Annual report of the Imperial Bacteriologist
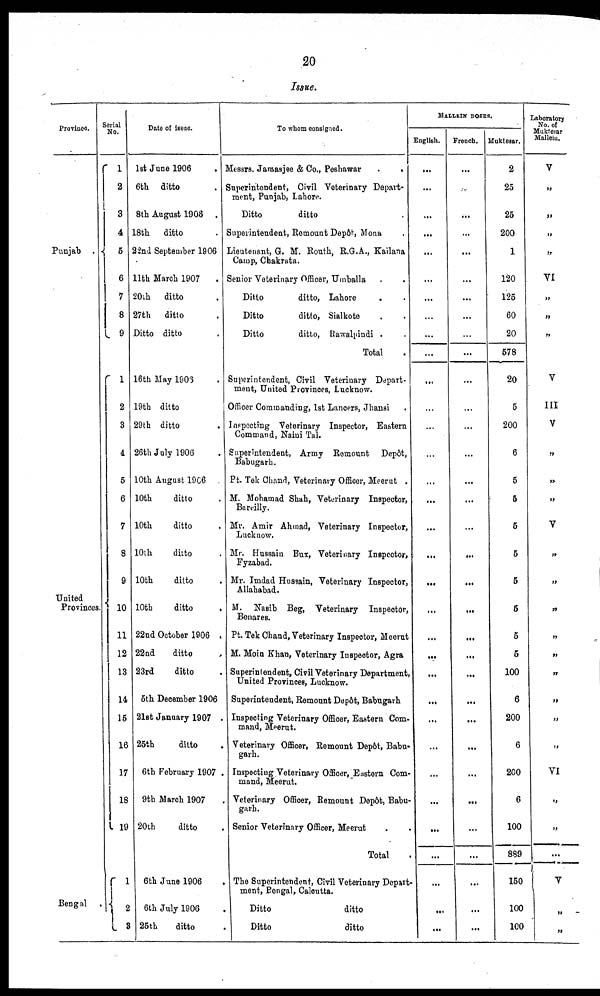
20
Issue.
Province
Punjab
.{
United
Provinces.{
Bengal .
Serial
No.
1
2
3
4
5
6
7
8
9
1
2
3
4
5
6
7
8
9
10
11
12
13
14
15
16
17
18
19
1
{ 2
3
Date of issue.
1st June 1906 .
6th ditto .
8th August 1906 .
18th ditto .
22nd September 1906
11th March 1907
.
20th ditto .
27th ditto .
Ditto ditto .
16th May 1906 .
19th ditto
29th ditto .
26th July 1906 .
10th August 1906
10th
ditto .
10th
ditto .
10th
ditto .
10th
ditto .
10th
ditto .
22nd October 1906 .
22nd
ditto .
23rd
ditto .
5th December 1906
21st January 1907 .
25th
ditto .
6th February 1907 .
9th March 1907 .
20th
ditto .
6th June 1906 .
6th July 1906 .
25th
ditto .
To whom consigned.
Messrs. Jamasjee & Co., Peshawar
.
.
Superintendent, Civil Veterinary Depart-
ment, Punjab, Lahore.
Ditto
ditto
Superintendent. Remount Depôt, Mona
Lieutenant, G. M. Routh, R.G.A., Kailana
Camp, Chakrata.
Senior Veterinary Officer, Umballa . .
Ditto
ditto, Lahore . .
Ditto
ditto, Sialkote . .
Ditto
ditto, Rawalpindi . .
Total .
Superintendent, Civil Veterinary Depart-
ment, United Provinces, Lucknow.
Officer Commanding, 1st Lancers, Jhansi .
Inspecting Veterinary Inspector, Eastern
Command, Naini Tal.
Superintendent, Army Remount Depôt,
Babugarh.
Pt. Tek Chand, Veterinary Officer, Meerut .
M. Mohamad Shah, Veterinary Inspector,
Bareilly.
Mr. Amir Ahmad, Veterinary Inspector,
Lucknow.
Mr. Hussain Bux, Veterinary Inspector,
Fyzabad.
Mr. Imdad Hussain, Veterinary Inspector,
Allahabad.
M. Nasib Beg, Veterinary Inspector,
Benares.
Pt. Tek Chand, Veterinary Inspector, Meerut
M. Moin Khan, Veterinary Inspector, Agra
Superintendent, Civil Veterinary Department,
United Provinces, Lucknow.
Superintendent, Remount Depôt, Babugarh
Inspecting Veterinary Officer, Eastern Com-
mand, Meerut.
Veterinary Officer, Remount Depôt, Babu-
garh.
Inspecting Veterinary Officer, Eastern Com-
mand, Meerut.
Veterinary Officer, Remount Depôt, Babu-
garh.
Senior Veterinary Officer, Meerut . .
Total .
The Superintendent, Civil Veterinary Depart-
ment, Bengal, Calcutta.
Ditto
ditto
Ditto
ditto
MALLEIN DOSES.
English.
...
...
...
...
...
...
...
...
...
...
...
...
...
...
...
...
...
...
...
...
...
...
...
...
...
.„
...
...
...
...
...
...
...
French.
...
...
...
...
...
...
...
...
...
...
...
...
...
...
...
...
...
...
...
...
...
...
...
...
...
...
...
...
...
...
...
...
...
Muktesar.
2
25
25
200
1
120
125
60
20
578
20
5
200
6
5
5
5
5
5
5
5
5
100
6
200
6
200
6
100
889
150
100
100
Laboratory
No. of
Muktesar
Mallein.
V
„
„
„
„
VI
„
„
„
V
III
V
„
„
„
„
„
„
„
„
„
„
„
„
„
VI
„
„
...
V
„
„